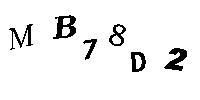
MB78D2